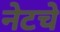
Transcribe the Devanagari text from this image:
नेटचे